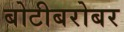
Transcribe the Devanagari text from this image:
बोटीबरोबर